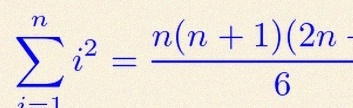
\sum_{i=1}^{n}i^2=\frac{n(n+1)(2n+1)}6